Report of the Imperial Institute of Veterinary Research, Muktesar
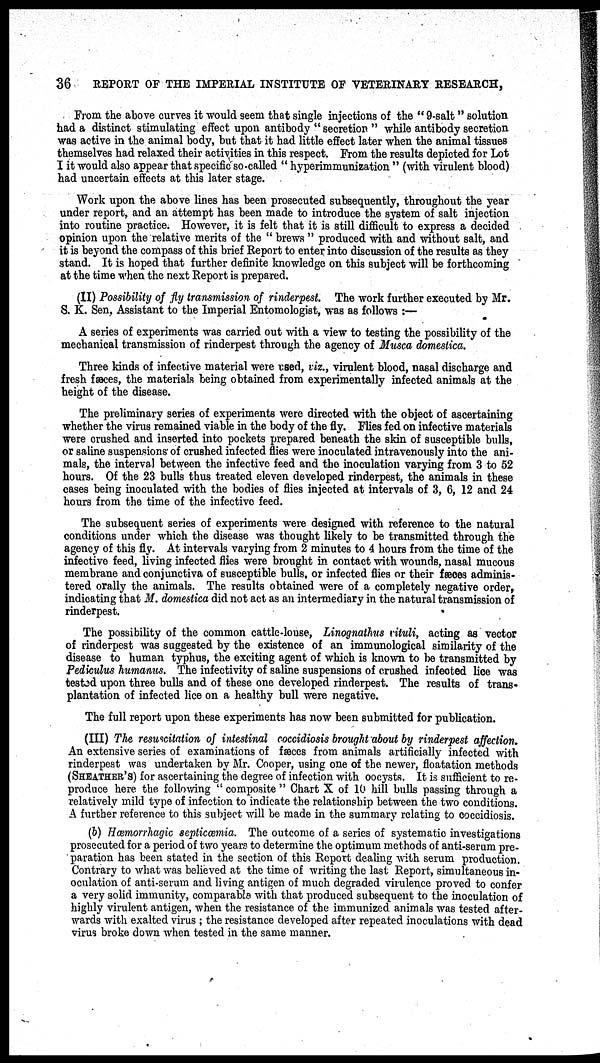
36
REPORT OF THE IMPERIAL INSTITUTE OF VETERINARY RESEARCH,
From the above curves it would seem that single injections of the " 9-salt " solution
had a distinct stimulating effect upon antibody " secretion " while antibody secretion
was active in the animal body, but that it had little effect later when the animal tissues
themselves had relaxed their activities in this respect. From the results depicted for Lot
I it would also appear that specific so-called " hyperimmunization " (with virulent blood)
had uncertain effects at this later stage.
Work upon the above lines has been prosecuted subsequently, throughout the year
under report, and an attempt has been made to introduce the system of salt injection
into routine practice. However, it is felt that it is still difficult to express a decided
opinion upon the relative merits of the " brews " produced with and without salt, and
it is beyond the compass of this brief Report to enter into discussion of the results as they
stand. It is hoped that further definite knowledge on this subject will be forthcoming
at the time when the next Report is prepared.
(II) Possibility of fly transmission of rinderpest. The work further executed by Mr.
S. K. Sen, Assistant to the Imperial Entomologist, was as follows :—
A series of experiments was carried out with a view to testing the possibility of the
mechanical transmission of rinderpest through the agency of Musca domestica.
Three kinds of infective material were used, viz., virulent blood, nasal discharge and
fresh fæces, the materials being obtained from experimentally infected animals at the
height of the disease.
The preliminary series of experiments were directed with the object of ascertaining
whether the virus remained viable in the body of the fly. Flies fed on infective materials
were crushed and inserted into pockets prepared beneath the skin of susceptible bulls,
or saline suspensions of crushed infected flies were inoculated intravenously into the ani-
mals, the interval between the infective feed and the inoculation varying from 3 to 52
hours. Of the 23 bulls thus treated eleven developed rinderpest, the animals in these
cases being inoculated with the bodies of flies injected at intervals of 3, 6, 12 and 24
hours from the time of the infective feed.
The subsequent series of experiments were designed with reference to the natural
conditions under which the disease was thought likely to be transmitted through the
agency of this fly. At intervals varying from 2 minutes to 4 hours from the time of the
infective feed, living infected flies were brought in contact with wounds, nasal mucous
membrane and conjunctiva of susceptible bulls, or infected flies or their fæces adminis-
tered orally the animals. The results obtained were of a completely negative order,
indicating that M. domestica did not act as an intermediary in the natural transmission of
rinderpest.
The possibility of the common cattle-louse, Linognathus vituli, acting as vector
of rinderpest was suggested by the existence of an immunological similarity of the
disease to human typhus, the exciting agent of which is known to be transmitted by
Pediculus humanus. The infectivity of saline suspensions of crushed infected lice was
tested upon three bulls and of these one developed rinderpest. The results of trans-
plantation of infected lice on a healthy bull were negative.
The full report upon these experiments has now been submitted for publication.
(III) The resuscitation of intestinal coccidiosis brought about by rinderpest affection.
An extensive series of examinations of fæces from animals artificially infected with
rinderpest was undertaken by Mr. Cooper, using one of the newer, floatation methods
(SHEATHER'S) for ascertaining the degree of infection with oocysts. It is sufficient to re-
produce here the following " composite " Chart X of 10 hill bulls passing through a
relatively mild type of infection to indicate the relationship between the two conditions.
A further reference to this subject will be made in the summary relating to coccidiosis.
(b) Hæmorrhagic septicæmia. The outcome of a series of systematic investigations
prosecuted for a period of two years to determine the optimum methods of anti-serum pre-
paration has been stated in the section of this Report dealing with serum production.
Contrary to what was believed at the time of writing the last Report, simultaneous in-
oculation of anti-serum and living antigen of much degraded virulence proved to confer
a very solid immunity, comparable with that produced subsequent to the inoculation of
highly virulent antigen, when the resistance of the immunized animals was tested after-
wards with exalted virus ; the resistance developed after repeated inoculations with dead
virus broke down when tested in the same manner.